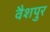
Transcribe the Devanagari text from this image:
वैशपुर